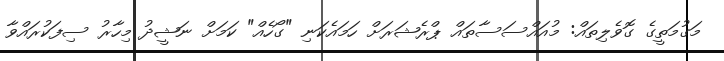
މަގުމަތީގެ ގޮވެލިތައް: މުއައްސަސާތައް ޕްރެޝަރަށް ހަމައެކަނި "ގޯހެއް" ކަމަށް ނަޝީދު މިހާރު ސިފަކުރައްވާ